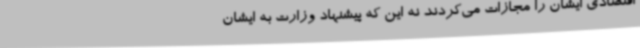
اقتصادی ایشان را مجازات می‌کردند نه این که پیشنهاد وزارت به ایشان